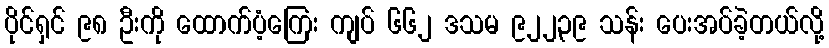
ပိုင်ရှင် ၉၈ ဦးကို ထောက်ပံ့ကြေး ကျပ် ၆၆၂ ဒသမ ၉၂၂၃၉ သန်း ပေးအပ်ခဲ့တယ်လို့